Annual report of the Punjab Veterinary College and of the Civil Veterinary Department, Punjab - 1926-1932
Year: 1926
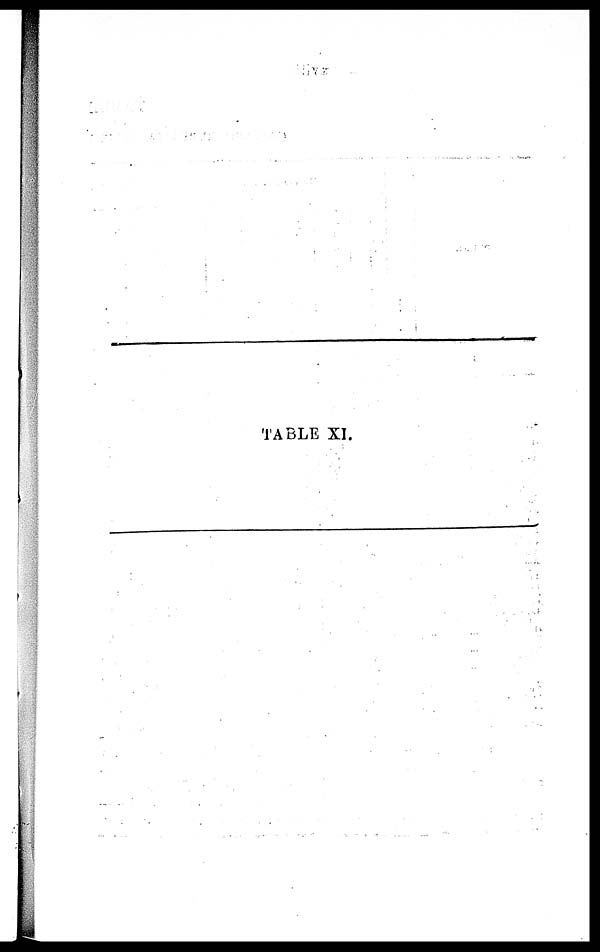
TABLE XI.